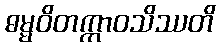
ဓမ္မဝိတက္ကာဝသိဿတိ